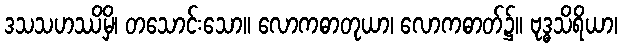
ဒသသဟဿိမှိ၊ တသောင်းသော။ လောကဓာတုယာ၊ လောကဓာတ်၌။ ဗုဒ္ဓသိရိယာ၊